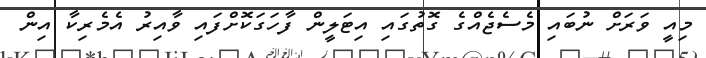
މިއީ ވަރަށް ނުބައި މެސެޖެއްގެ ގޮތުގައި އިޓަލީން ފާހަގަކޮށްފައި ވާއިރު އެމެރިކާ އިން